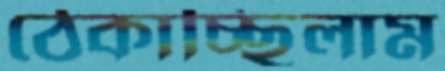
ঠেকাচ্ছিলাম